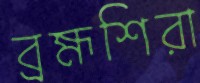
ব্রহ্মশিরা